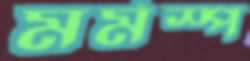
মর্মস্প